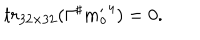
t r _ { 3 2 \times 3 2 } ( \Gamma ^ { \sharp } { m _ { o } ^ { \prime } } ^ { 4 } ) = 0 .